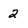
Character: 2